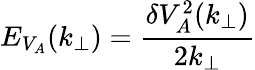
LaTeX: E_{V_{A}}(k_{\perp})=\frac{\delta V_{A}^{2}(k_{\perp})}{2k_{\perp}}